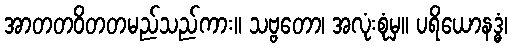
အာတတဝိတတမည်သည်ကား။ သဗ္ဗတော၊ အလုံးစုံမှ။ ပရိယောနဒ္ဓံ၊